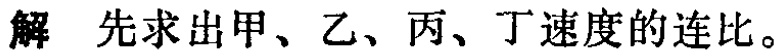
解 先求出甲、乙、丙、丁速度的连比。